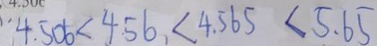
4 . 5 0 6 < 4 . 5 6 < 4 . 5 6 5 < 5 . 6 5